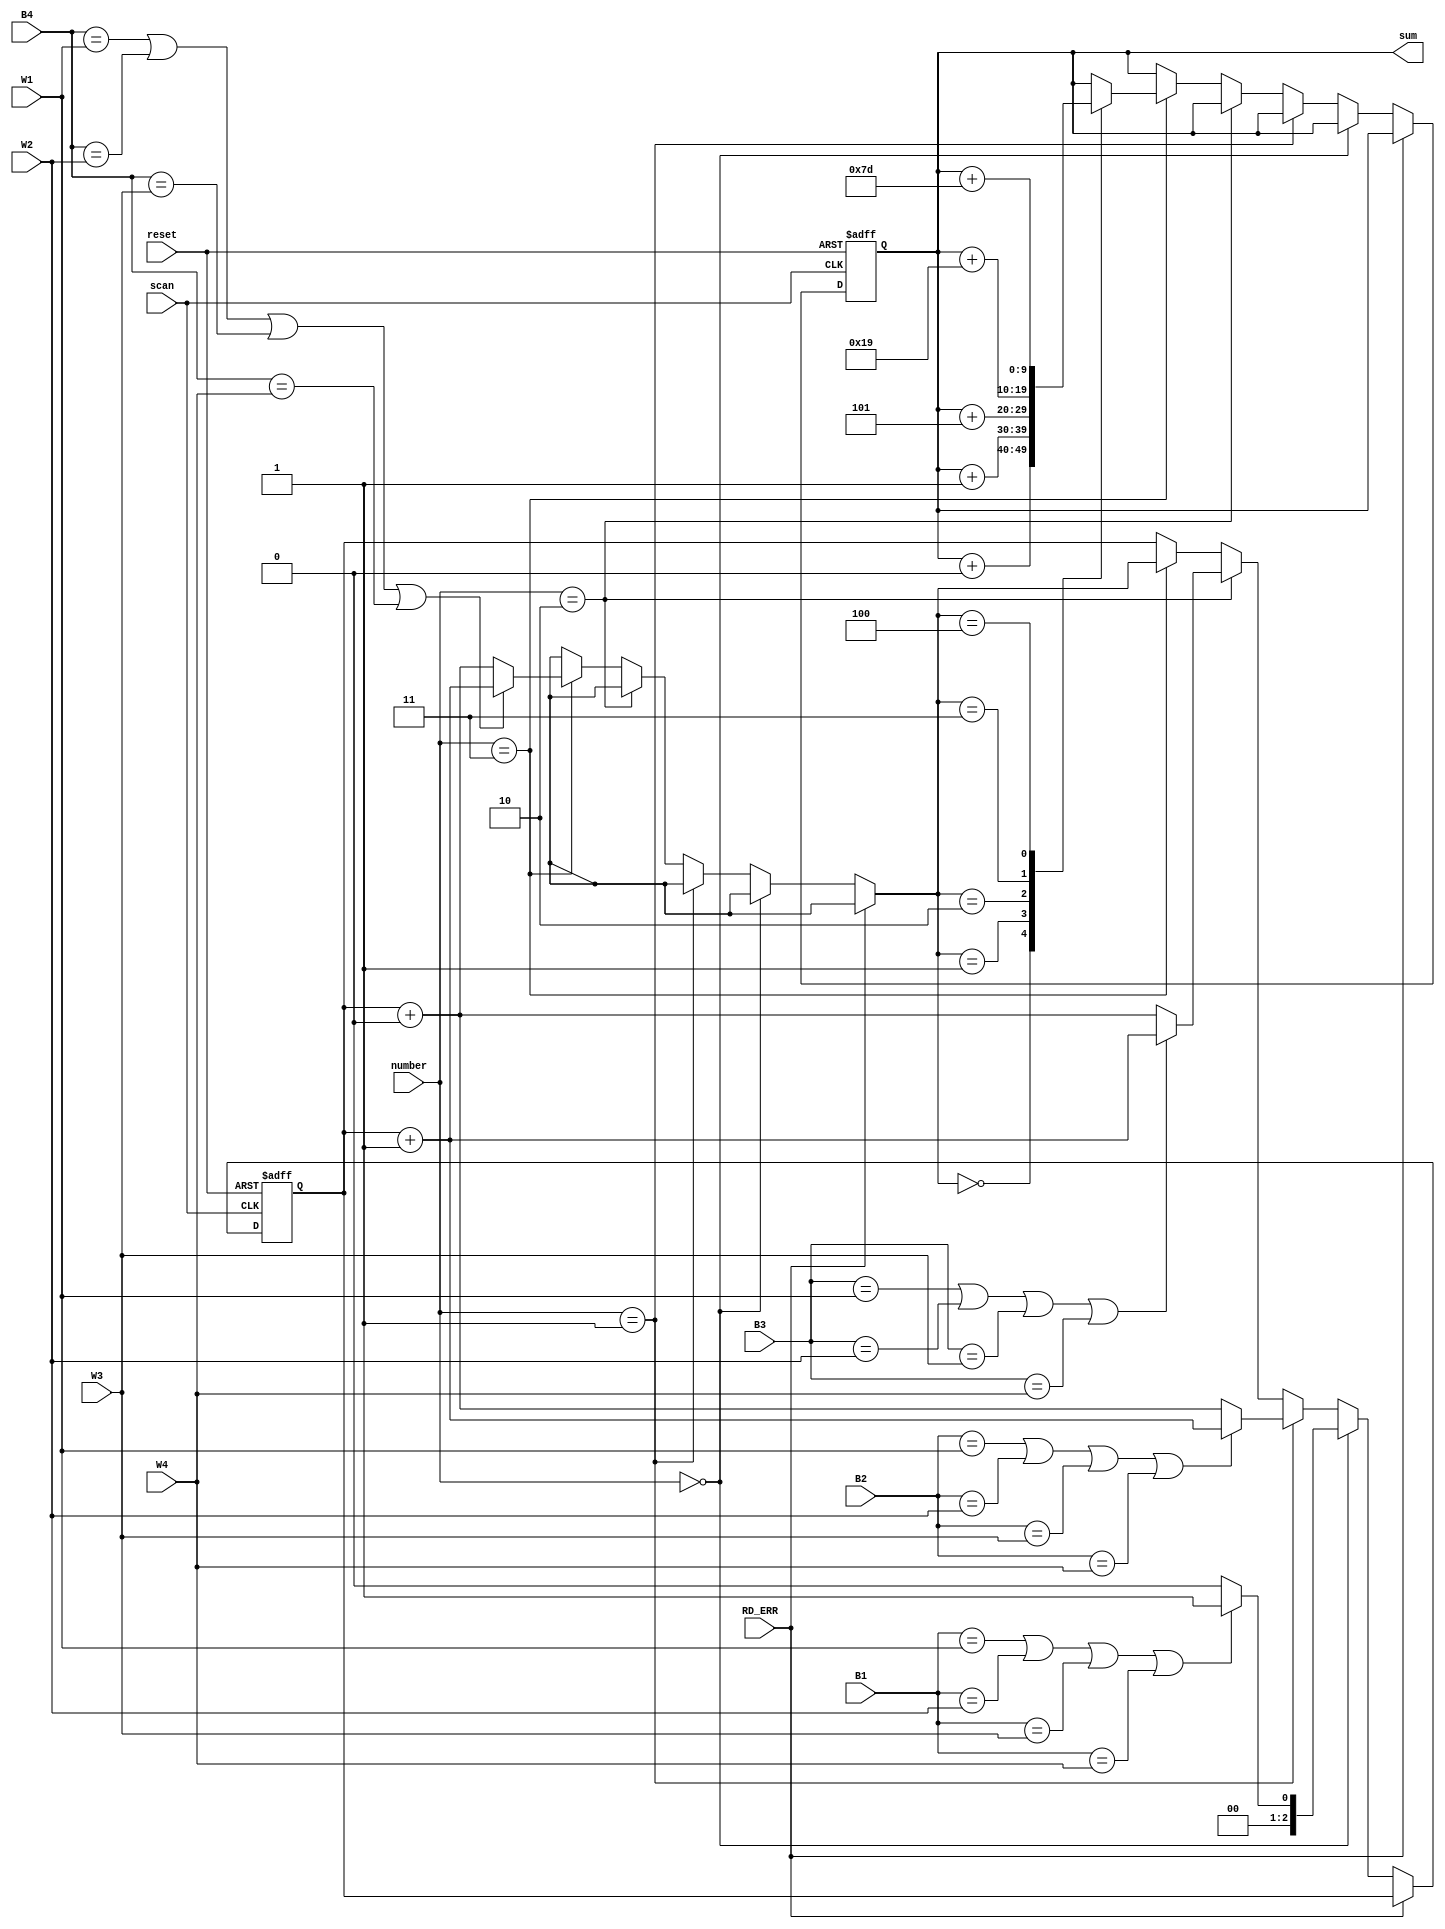
//the module check_bet compares the bet with the winning number

module check_bet(
	input [4:0] W1, W2, W3, W4, B1, B2, B3, B4, 
	input scan, reset, RD_ERR, 
	input [1:0] number, 
	output [9:0]sum //total of cash won in one bet
);

reg [2:0]h;
reg [9:0]s; //h calculates the amount of hits in one bet
assign sum = s;
always @ (posedge scan or negedge reset) begin //the statements above must happen when reset is set to low or when a set of 4 numbers is read
	if(!reset) begin
		h = 0;
		s = 0;
	end
	
	else if(!RD_ERR)begin //if there is no error in the system
		if(number == 0) begin
		 if(B1 == W1 || B1 == W2 || B1 == W3 || B1 == W4) //if it is the first number and it is equal to any of the winning numbers, there is a hit
			h = 1;
		 else
			h = 0;
		end
		else if(number == 1) begin
		 if(B2 == W1 || B2 == W2 || B2 == W3 || B2 == W4) //if it is the second number and it is equal to any of the winning numbers, there is a hit
			h = h + 1;
		 else
			h = h + 0;
		end
		else if(number == 2) begin
		 if(B3 == W1 || B3 == W2 || B3 == W3 || B3 == W4) //if it is the third number and it is equal to any of the winning numbers, there is a hit
			h = h + 1;
		 else
			h = h + 0;
		end
		else if(number == 3) begin
		 if(B4 == W1 || B4 == W2 || B4 == W3 || B4 == W4) //if it is the fourth number and it is equal to any of the winning numbers, there is a hit
			h = h + 1;
		 else
			h = h + 0;
			
			case(h)
				0: s = s + 0; ////if there was no hits, the player wins + 0 euro		
				1: s = s + 1; //if there was only 1 hit, the player wins + 1 euro
				2: s = s + 5; //if there were 2 hits, the player wins + 5 euro
				3: s = s + 25; //if there were 3 hits, the player wins + 25 euro
				4: s = s + 125; //if there were 4 hits, the player wins + 125 euro
				
			endcase
		end
	end

end

endmodule